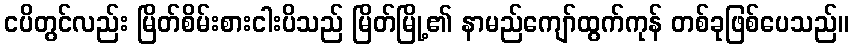
ငပိတွင်လည်း မြိတ်စိမ်းစားငါးပိသည် မြိတ်မြို့၏ နာမည်ကျော်ထွက်ကုန် တစ်ခုဖြစ်ပေသည်။